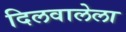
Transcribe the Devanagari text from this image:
दिलवालेला